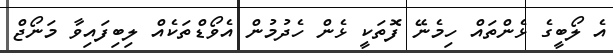
އެ ލޯބީގެ ޅެންތައް ހިމެނޭ ފޮތަކީ ޅެން ހެދުމުން އެވޯޑްތަކެއް ލިބިފައިވާ މަނޯޖް